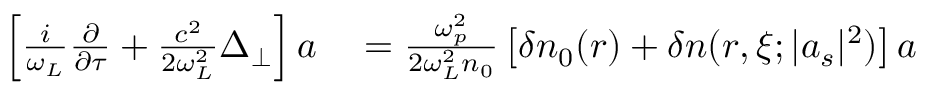
\begin{array} { r l } { \left[ \frac { i } { \omega _ { L } } \frac { \partial } { \partial \tau } + \frac { c ^ { 2 } } { 2 \omega _ { L } ^ { 2 } } \Delta _ { \perp } \right] a } & { { } = \frac { \omega _ { p } ^ { 2 } } { 2 \omega _ { L } ^ { 2 } n _ { 0 } } \left[ \delta n _ { 0 } ( r ) + \delta n ( r , \xi ; | a _ { s } | ^ { 2 } ) \right] a } \end{array}